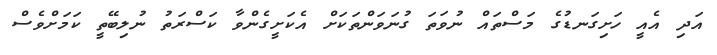
އަދި އެއީ ހަށިގަނޑުގެ މަސްތައް ނުވަތަ ގުނަވަންތަކަށް އެކަށީގެންވާ ކަސްރަތު ނުލިބޭތީ ކަމަށްވެސް